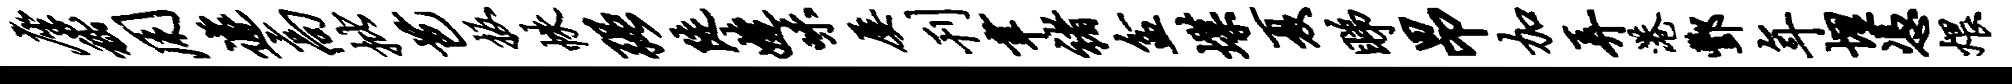
座嵇用遽高批芭扳帙强陡婕味屡刊聿褚盆堞夏睇昂加弄港酆年埋凭煨